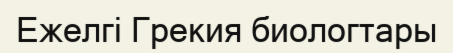
Ежелгі Грекия биологтары